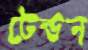
টেন্ডন